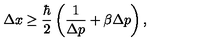
\Delta x \ge \frac { \hbar } { 2 } \left( \frac { 1 } { \Delta p } + \beta \Delta p \right) ,